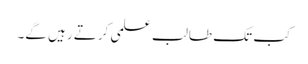
کب تک طالب علمی کرتے رہیں گے۔